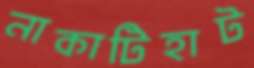
নাকাটিহাট